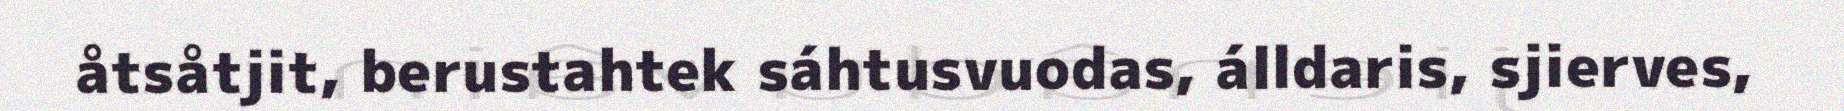
åtsåtjit, berustahtek sáhtusvuodas, álldaris, sjierves,